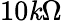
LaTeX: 10\mathit{k}\Omega